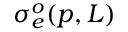
\sigma _ { e } ^ { o } ( p , L )